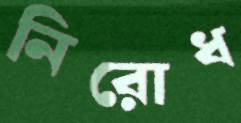
নিরোধ